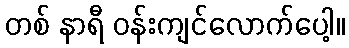
တစ် နာရီ ဝန်းကျင်လောက်ပေါ့။